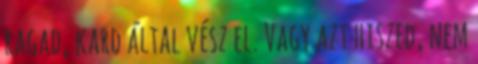
ragad, kard által vész el. Vagy azt hiszed, nem